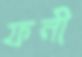
ফনী